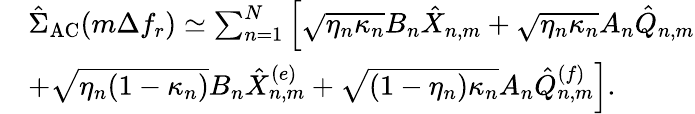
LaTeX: \begin{array}{rl}&{\hat{\Sigma}_{\mathrm{AC}}(m\Delta f_{r})\simeq\sum_{n=1}^{N}\left[\sqrt{\eta_{n}\kappa_{n}}B_{n}\hat{X}_{n,m}+\sqrt{\eta_{n}\kappa_{n}}A_{n}\hat{Q}_{n,m}\right.}\\ &{\left.+\sqrt{\eta_{n}(1-\kappa_{n})}B_{n}\hat{X}_{n,m}^{(e)}+\sqrt{(1-\eta_{n})\kappa_{n}}A_{n}\hat{Q}_{n,m}^{(f)}\right].}\end{array}